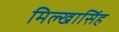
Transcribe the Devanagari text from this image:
मिल्खासिंह